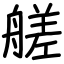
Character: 艖